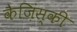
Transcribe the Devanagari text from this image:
कैज़िंस्की